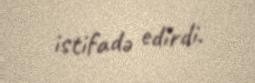
istifadə edirdi.